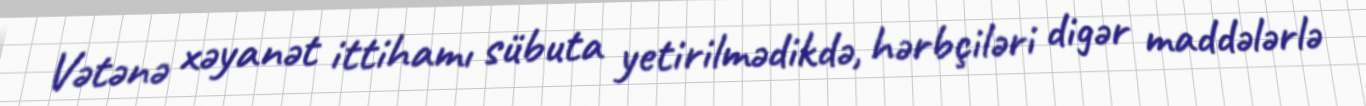
Vətənə xəyanət ittihamı sübuta yetirilmədikdə, hərbçiləri digər maddələrlə